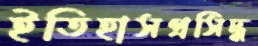
ইতিহাসপ্রসিদ্ধ